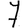
Digit: 7